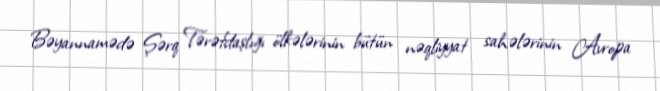
Bəyannamədə Şərq Tərəfdaşlığı ölkələrinin bütün nəqliyyat sahələrinin Avropa